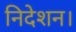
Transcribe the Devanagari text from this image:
निदेशन।